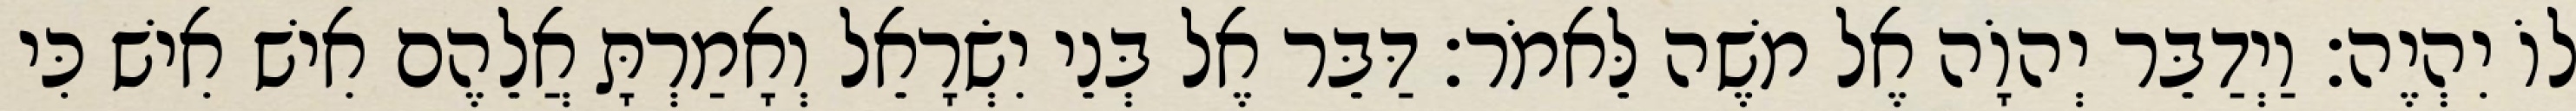
לוֹ יִהְיֶה׃ וַיְדַבֵּר יְהוָֹה אֶל משֶׁה לֵּאמֹר׃ דַּבֵּר אֶל בְּנֵי יִשְׂרָאֵל וְאָמַרְתָּ אֲלֵהֶם אִישׁ אִישׁ כִּי